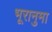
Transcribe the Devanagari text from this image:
भूरानुमा